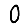
Digit: 0